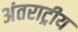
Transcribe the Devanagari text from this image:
अंतराट्रीय